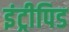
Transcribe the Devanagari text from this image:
इंट्रीपिड